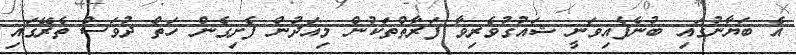
އެ ބަޔާނުގައި ބުނެފެއިވަނީ ޝައުގުވެރިވާ ފަރާތްތަކުން މިއަދުން ފެށިގެން ހަތް ދުވަސް ތެރޭގައި